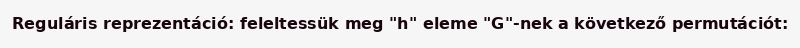
Reguláris reprezentáció: feleltessük meg "h" eleme "G"-nek a következő permutációt: